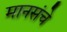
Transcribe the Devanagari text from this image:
मानसंचे